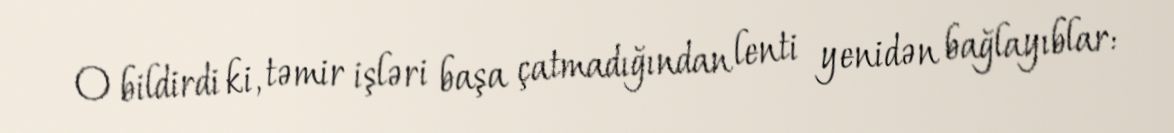
O bildirdi ki, təmir işləri başa çatmadığından lenti yenidən bağlayıblar: